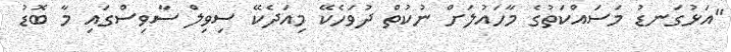
"އަޅުގަނޑު މަސައްކަތުގެ މާހައުލަށް ނުކުތް ދުވަހެކޭ މިއަދެކޭ ސިވިލް ސާވިސްގައި މާ ބޮޑު